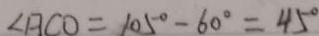
\angle A C O = 1 0 5 ^ { \circ } - 6 0 ^ { \circ } = 4 5 ^ { \circ }